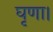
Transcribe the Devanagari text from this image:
घृणा।